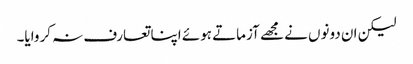
لیکن ان دونوں نے مجھے آزماتے ہوئے اپنا تعارف نہ کروایا۔